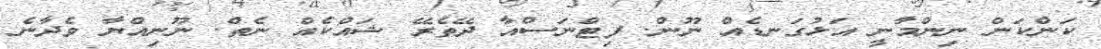
ކަންކަން ނިންމާނީ އަޅުގަނޑެއް ނޫން. ފިޓްނަސްއާ ދޭތެރޭ ޝައްކެއް ނެތް. ނޫނިއްޔާ ވެދާނެ